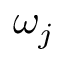
\omega _ { j }